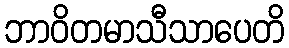
ဘာဝိတမာသီသာပေတိ